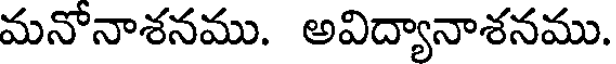
మనోనాశనము. అవిద్యానాశనము.